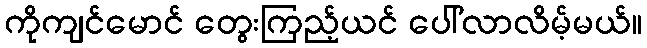
ကိုကျင်မောင် တွေးကြည့်ယင် ပေါ်လာလိမ့်မယ်။